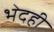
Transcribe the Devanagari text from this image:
भेदही